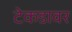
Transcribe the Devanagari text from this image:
टेकडावर